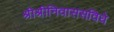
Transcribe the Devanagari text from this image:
श्रीश्रीनिवाससविधे